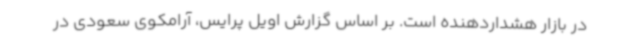
در بازار هشداردهنده است. بر اساس گزارش اویل پرایس، آرامکوی سعودی در